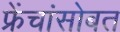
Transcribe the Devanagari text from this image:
फ्रेंचांसोबत